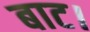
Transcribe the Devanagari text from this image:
बाट।